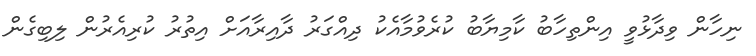
ނިހާން ވިދާޅުވީ އިންތިހާބު ކާމިޔާބު ކުރެވުމާއެކު ދިއްގަރު ދާއިރާއަށް އިތުރު ކުރިއެރުން ލިބިގެން